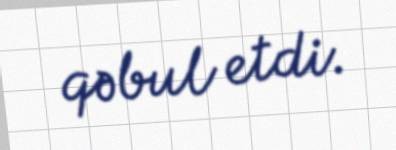
qəbul etdi.